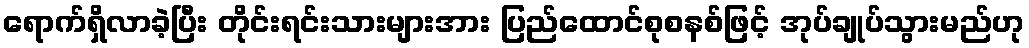
ရောက်ရှိလာခဲ့ပြီး တိုင်းရင်းသားများအား ပြည်ထောင်စုစနစ်ဖြင့် အုပ်ချုပ်သွားမည်ဟု